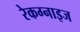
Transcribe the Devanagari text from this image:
रेकग्नाइज